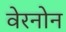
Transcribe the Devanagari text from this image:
वेरनोन